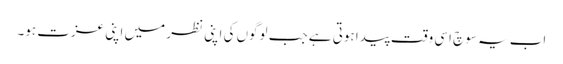
اب یہ سوچ اسی وقت پیدا ہوتی ہے جب لوگوں کی اپنی نظر میں اپنی عزت ہو۔